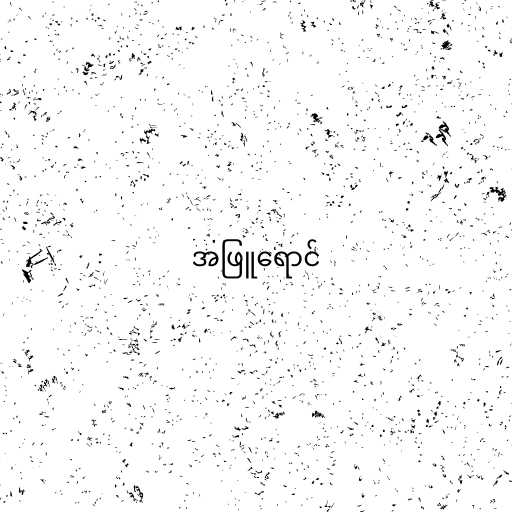
အဖြူရောင်